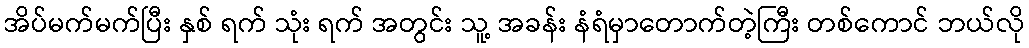
အိပ်မက်မက်ပြီး နှစ် ရက် သုံး ရက် အတွင်း သူ့ အခန်း နံရံမှာတောက်တဲ့ကြီး တစ်ကောင် ဘယ်လို